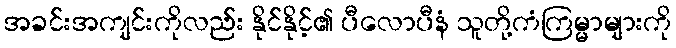
အခင်းအကျင်းကိုလည်း နိုင်နိုင့်၏ ပီလောပီနံ သူတို့ကံကြမ္မာများကို